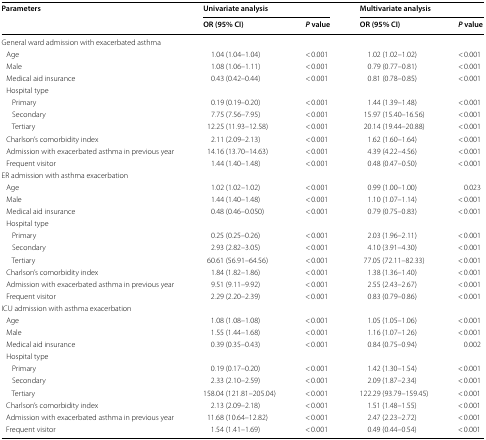
<table><thead><tr><td rowspan="2"><b>Parameters</b></td><td colspan="2"><b>Univariate analysis</b></td><td colspan="2"><b>Multivariate analysis</b></td></tr><tr><td><b>OR (95% CI)</b></td><td><b><i>P</i> value</b></td><td><b>OR (95% CI)</b></td><td><b><i>P</i> value</b></td></tr></thead><tbody><tr><td colspan="5">General ward admission with exacerbated asthma</td></tr><tr><td> Age</td><td>1.04 (1.04–1.04)</td><td>&lt; 0.001</td><td>1.02 (1.02–1.02)</td><td>&lt; 0.001</td></tr><tr><td> Male</td><td>1.08 (1.06–1.11)</td><td>&lt; 0.001</td><td>0.79 (0.77–0.81)</td><td>&lt; 0.001</td></tr><tr><td> Medical aid insurance</td><td>0.43 (0.42–0.44)</td><td>&lt; 0.001</td><td>0.81 (0.78–0.85)</td><td>&lt; 0.001</td></tr><tr><td colspan="5"> Hospital type</td></tr><tr><td>Primary</td><td>0.19 (0.19–0.20)</td><td>&lt; 0.001</td><td>1.44 (1.39–1.48)</td><td>&lt; 0.001</td></tr><tr><td>Secondary</td><td>7.75 (7.56–7.95)</td><td>&lt; 0.001</td><td>15.97 (15.40–16.56)</td><td>&lt; 0.001</td></tr><tr><td>Tertiary</td><td>12.25 (11.93–12.58)</td><td>&lt; 0.001</td><td>20.14 (19.44–20.88)</td><td>&lt; 0.001</td></tr><tr><td> Charlson’s comorbidity index</td><td>2.11 (2.09–2.13)</td><td>&lt; 0.001</td><td>1.62 (1.60–1.64)</td><td>&lt; 0.001</td></tr><tr><td> Admission with exacerbated asthma in previous year</td><td>14.16 (13.70–14.63)</td><td>&lt; 0.001</td><td>4.39 (4.22–4.56)</td><td>&lt; 0.001</td></tr><tr><td> Frequent visitor</td><td>1.44 (1.40–1.48)</td><td>&lt; 0.001</td><td>0.48 (0.47–0.50)</td><td>&lt; 0.001</td></tr><tr><td colspan="5">ER admission with asthma exacerbation</td></tr><tr><td> Age</td><td>1.02 (1.02–1.02)</td><td>&lt; 0.001</td><td>0.99 (1.00–1.00)</td><td>0.023</td></tr><tr><td> Male</td><td>1.44 (1.40–1.48)</td><td>&lt; 0.001</td><td>1.10 (1.07–1.14)</td><td>&lt; 0.001</td></tr><tr><td> Medical aid insurance</td><td>0.48 (0.46–0.050)</td><td>&lt; 0.001</td><td>0.79 (0.75–0.83)</td><td>&lt; 0.001</td></tr><tr><td colspan="5"> Hospital type</td></tr><tr><td>Primary</td><td>0.25 (0.25–0.26)</td><td>&lt; 0.001</td><td>2.03 (1.96–2.11)</td><td>&lt; 0.001</td></tr><tr><td>Secondary</td><td>2.93 (2.82–3.05)</td><td>&lt; 0.001</td><td>4.10 (3.91–4.30)</td><td>&lt; 0.001</td></tr><tr><td>Tertiary</td><td>60.61 (56.91–64.56)</td><td>&lt; 0.001</td><td>77.05 (72.11–82.33)</td><td>&lt; 0.001</td></tr><tr><td> Charlson’s comorbidity index</td><td>1.84 (1.82–1.86)</td><td>&lt; 0.001</td><td>1.38 (1.36–1.40)</td><td>&lt; 0.001</td></tr><tr><td> Admission with exacerbated asthma in previous year</td><td>9.51 (9.11–9.92)</td><td>&lt; 0.001</td><td>2.55 (2.43–2.67)</td><td>&lt; 0.001</td></tr><tr><td> Frequent visitor</td><td>2.29 (2.20–2.39)</td><td>&lt; 0.001</td><td>0.83 (0.79–0.86)</td><td>&lt; 0.001</td></tr><tr><td colspan="5">ICU admission with asthma exacerbation</td></tr><tr><td> Age</td><td>1.08 (1.08–1.08)</td><td>&lt; 0.001</td><td>1.05 (1.05–1.06)</td><td>&lt; 0.001</td></tr><tr><td> Male</td><td>1.55 (1.44–1.68)</td><td>&lt; 0.001</td><td>1.16 (1.07–1.26)</td><td>&lt; 0.001</td></tr><tr><td> Medical aid insurance</td><td>0.39 (0.35–0.43)</td><td>&lt; 0.001</td><td>0.84 (0.75–0.94)</td><td>0.002</td></tr><tr><td colspan="5"> Hospital type</td></tr><tr><td>Primary</td><td>0.19 (0.17–0.20)</td><td>&lt; 0.001</td><td>1.42 (1.30–1.54)</td><td>&lt; 0.001</td></tr><tr><td>Secondary</td><td>2.33 (2.10–2.59)</td><td>&lt; 0.001</td><td>2.09 (1.87–2.34)</td><td>&lt; 0.001</td></tr><tr><td>Tertiary</td><td>158.04 (121.81–205.04)</td><td>&lt; 0.001</td><td>122.29 (93.79–159.45)</td><td>&lt; 0.001</td></tr><tr><td> Charlson’s comorbidity index</td><td>2.13 (2.09–2.18)</td><td>&lt; 0.001</td><td>1.51 (1.48–1.55)</td><td>&lt; 0.001</td></tr><tr><td> Admission with exacerbated asthma in previous year</td><td>11.68 (10.64–12.82)</td><td>&lt; 0.001</td><td>2.47 (2.23–2.72)</td><td>&lt; 0.001</td></tr><tr><td> Frequent visitor</td><td>1.54 (1.41–1.69)</td><td>&lt; 0.001</td><td>0.49 (0.44–0.54)</td><td>&lt; 0.001</td></tr></tbody></table>